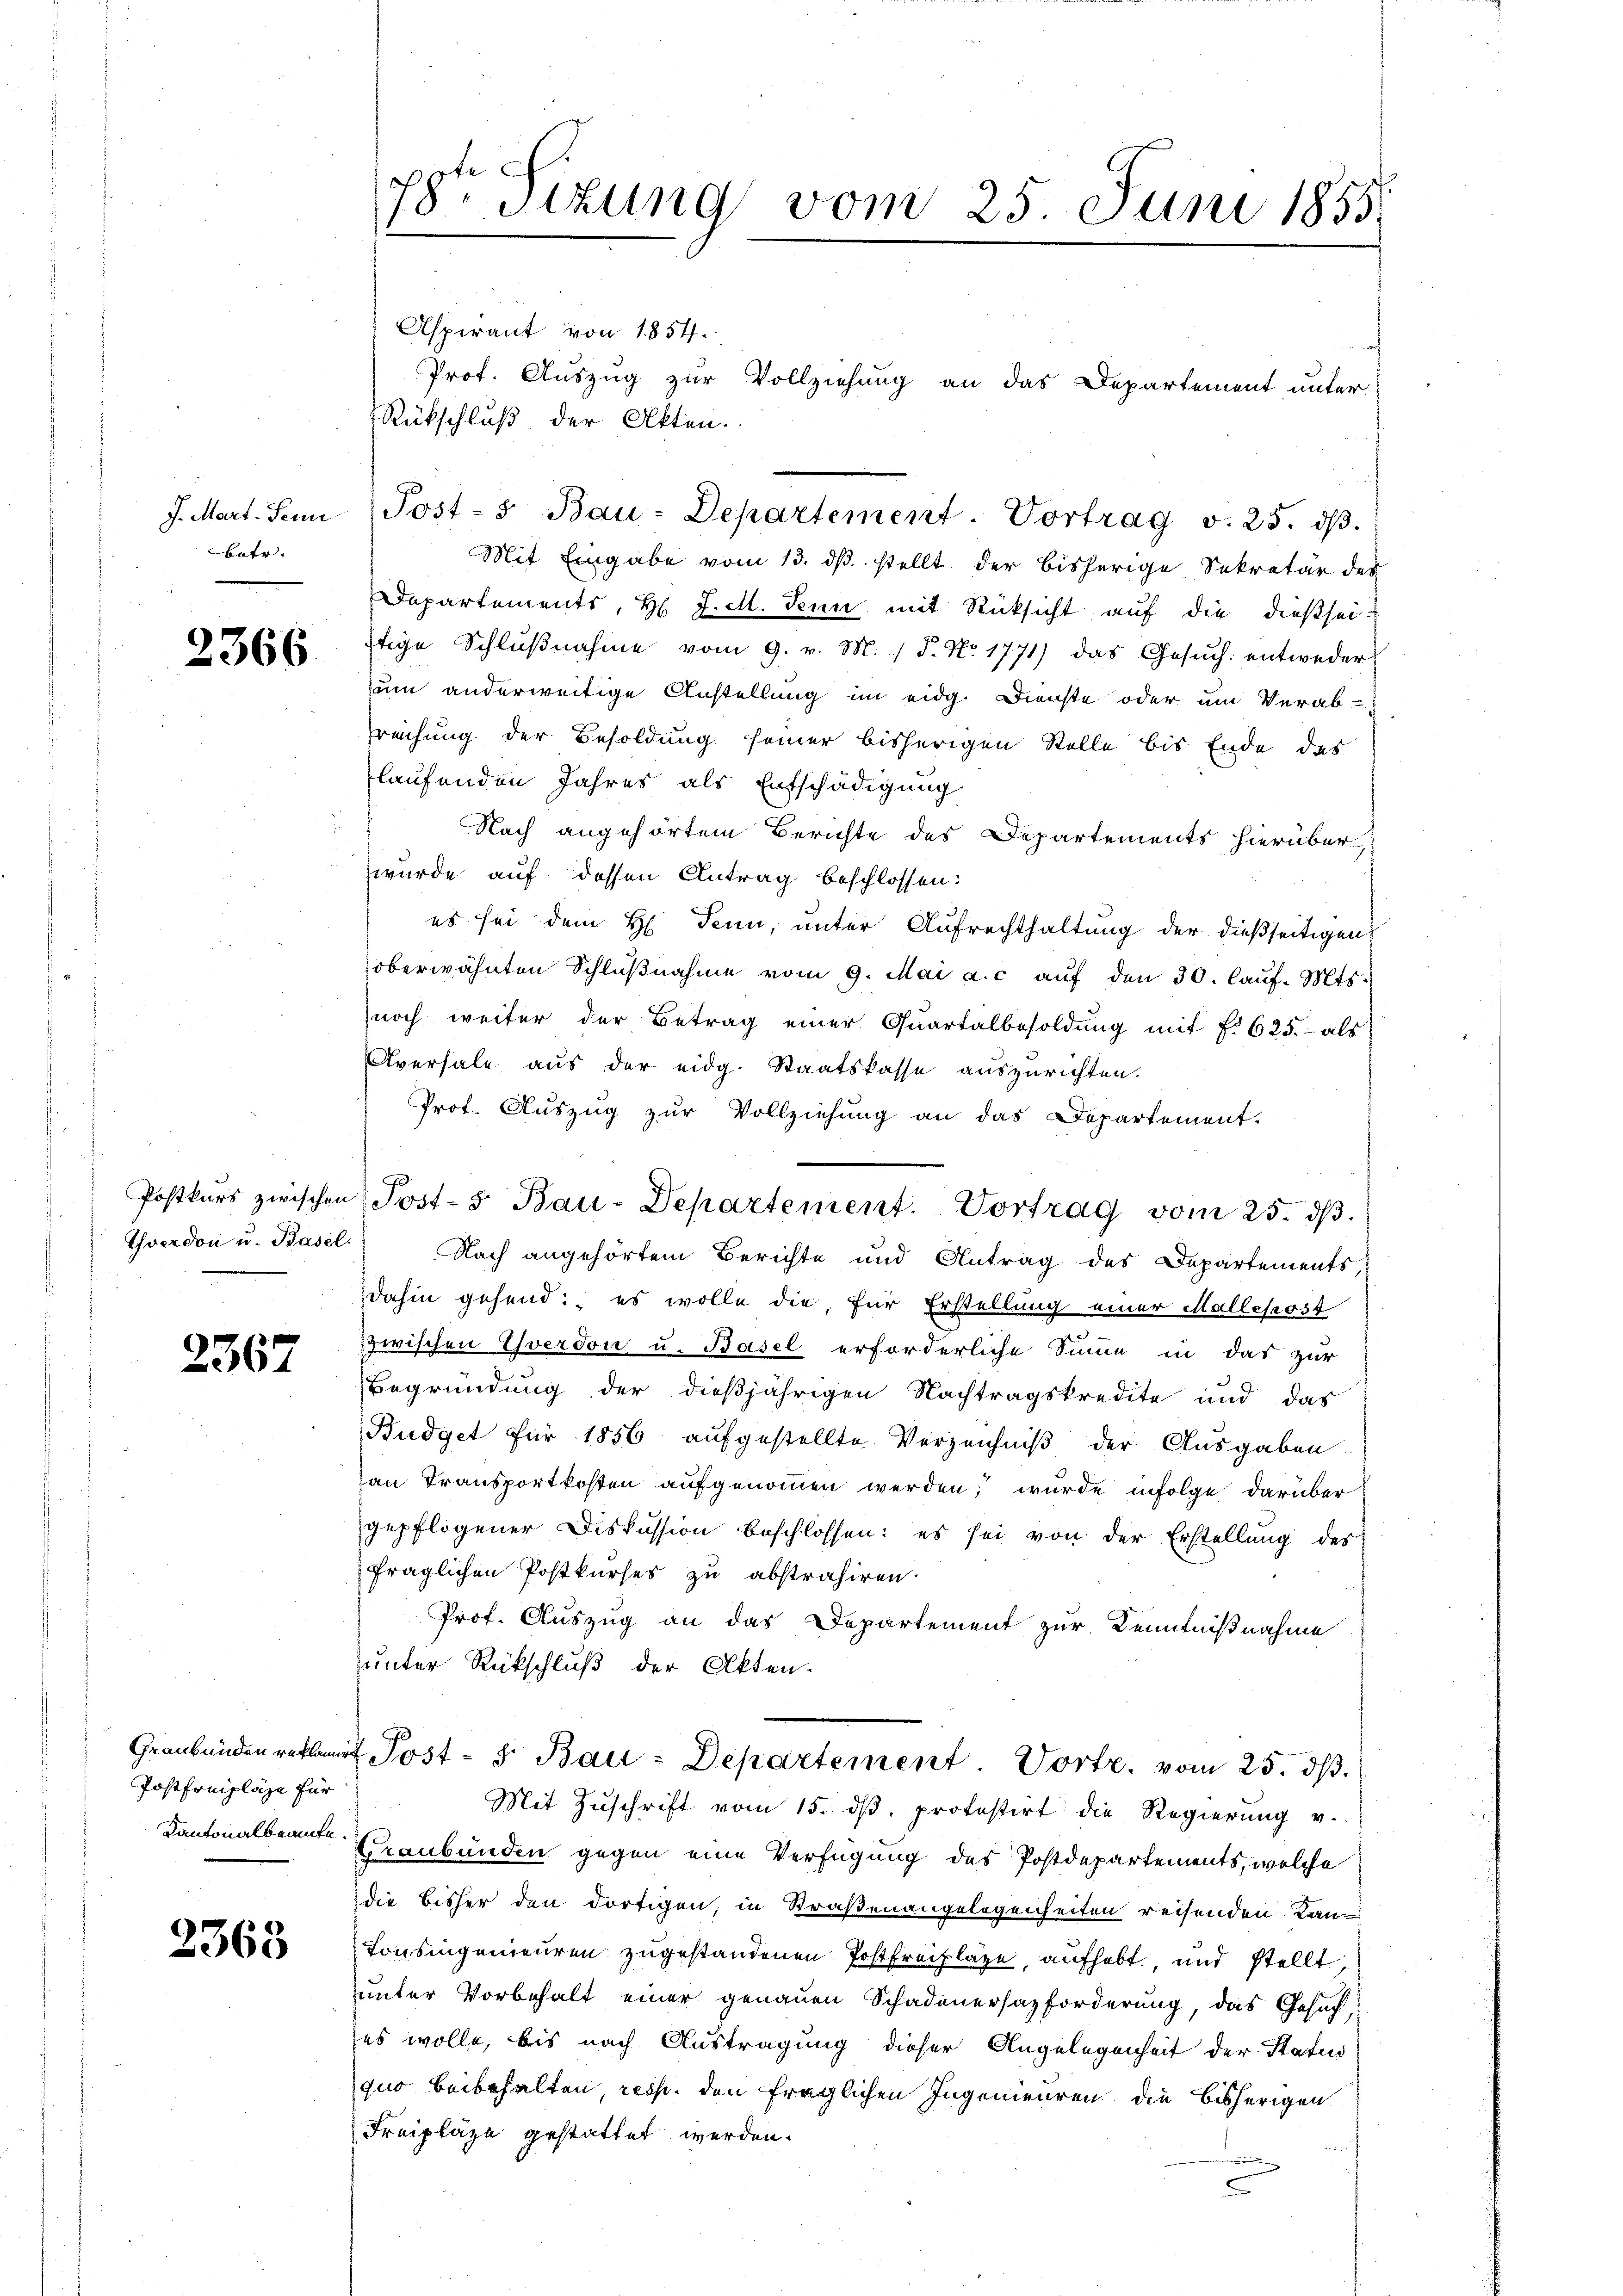
J. Mart. Sein
Batr.

2366.

2367

Postfreipläge für
Kantonalbeamte

2365

7r Situng vom 25. Juni 1855.

Aspirant von 1854.
Prof. Auszug zur Vollziehung an das Departement unter
Rückschluß der Akten.
Post- 5. Bau-Departement. Vortrag v. 25. dβ.
Mit Eingabe vom 13. ds. stellt der bisherige Sekretär der
Departements, H. J. M. Senn mit Rücksicht auf die dießseiftige Schlŭβnahme vom 9. v. M. P. Nr. 1771) das Gesŭch entweder
um anderweitige Anstellung im eidg. Dienste oder um Verab-
rreichung der Besoldung seiner bisherigen Stelle bis Ende das
laufenden Jahres als Entschädigung
Nach angehörtem Berichte des Departements hierüber,
wurde auf dessen Antrag beschlossen:
es sei dem H. Denn, unter Aufrechthaltung der dießseitigen
oberwähnten Schlŭβnahme vom 9. Mai a. c. aŭf den 30. laŭf. Mts.
noch weiter der Betrag einer Quartalbesoldŭng mit f. 625.- als
Aversale aus der eidg. Staatskasse auszurichten.
Prof. Auszug zur Vollziehung an das Departement.
Postkŭrs zwischen Post-s Bau-Departement. Vortrag vom 25. dβ.
Yverdon u. Basel. Nach angehörtem Berichte und Antrag des Departements,
dahin gehend: es wolle die, für Erstellung einer Mallepost
zwischen Yverdon u. Basel erforderliche Sinne in das zur
Begründung der dießjährigen Nachtragskredite und das
Budget für 1856 aufgestellte Verzeichniß der Ausgaben
an Transportkosten aufgenommen werden, wurde infolge darüber
gepflogener Diskussion beschlossen: es sei von der Erstellung des
fraglichen Postkurses zu abstrahiren.
Prof. Auszug an das Departement zur Kenntnißnahme
unter Rückschluß der Akten.
Graubünden reklamit Post- & Bau-Departement Worte vom 25. ds.
Mit Zŭschrift vom 15. dβ. protestirt die Regierung v.
Graubünden gegen eine Verfügung des Postdepartements, welche
die bisher den dortigen, in Straßenangelegenheiten reisenden Kan
Tonsingenieuren zugestandenen Postfreilage, aufhebt, und stellt,
unter Vorbehalt einer genauen Schadenersazforderung, das Gesuch,
es wolle, bis nach Austragung dieser Angelegenheit der Status
quo beibehalten, resp. den fraglichen Ingenieuren die bisherigen
Freiplaze gestattet werden.